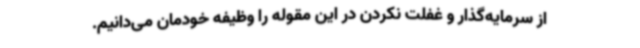
از سرمایه‌گذار و غفلت نکردن در این مقوله را وظیفه خودمان می‌دانیم.